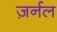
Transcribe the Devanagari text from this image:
ज़र्नल